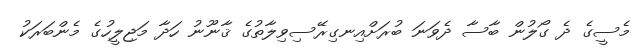
މެސީގެ ދެ ގޯލުން ބާސާ ދެވަނަ ބުރަށްއިނގިރޭސިވިލާތުގެ ޤާނޫނު ހަދާ މަޖިލީހުގެ މެންބަރަކު